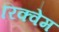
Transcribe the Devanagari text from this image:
रिक्वेम